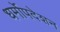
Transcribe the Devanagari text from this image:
धर्मोपदेशन